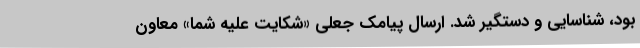
بود، شناسایی و دستگیر شد. ارسال پیامک‌ جعلی «شکایت علیه شما» معاون